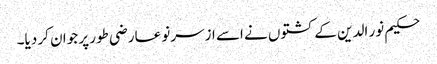
حکیم نور الدین کے کشتوں نے اسے ازسرنو عارضی طور پر جوان کر دیا۔